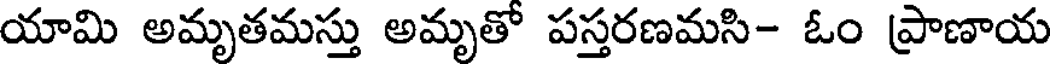
యామి అమృతమస్తు అమృతో పస్తరణమసి- ఓం ప్రాణాయ